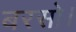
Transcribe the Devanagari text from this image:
बरसो।